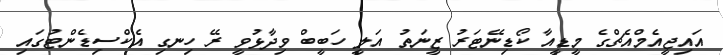
އައިޖީއެމްއެޗްގެ މީޑީއާ ކޯޑިނޭޓަރު ޒީނަތު އަލީ ހަބީބް ވިދާޅުވީ ރޭ ހިނގި އެކްސިޑެންޓުގައި